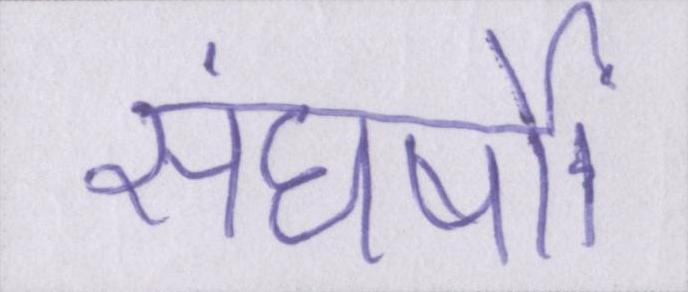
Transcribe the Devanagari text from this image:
संघर्षों